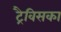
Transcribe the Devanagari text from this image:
ट्रैविसका